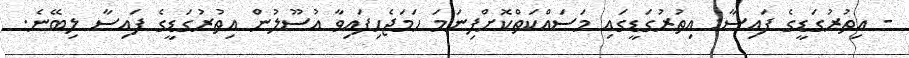
- އިތުރުގަޑީގެ ފައިސާ: އިތުރުގަޑީގައި މަސައްކަތްކޮށްފިނަމަ ހަމަޖެހިފައިވާ އުސޫލުން އިތުރުގަޑީގެ ފައިސާ ލިބޭނެ.